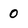
Character: 0